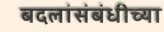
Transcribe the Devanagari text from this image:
बदलांसंबंधीच्या